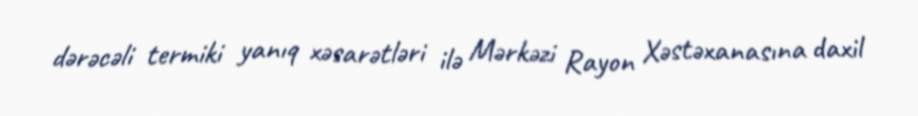
dərəcəli termiki yanıq xəsarətləri ilə Mərkəzi Rayon Xəstəxanasına daxil